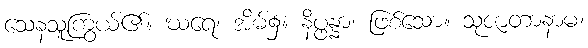
သေနသူကြွယ်၏။ ဃရေ၊ အိမ်၌။ နိပ္ဖန္နာ၊ ဖြစ်သော။ သုဇာတာနာမ၊